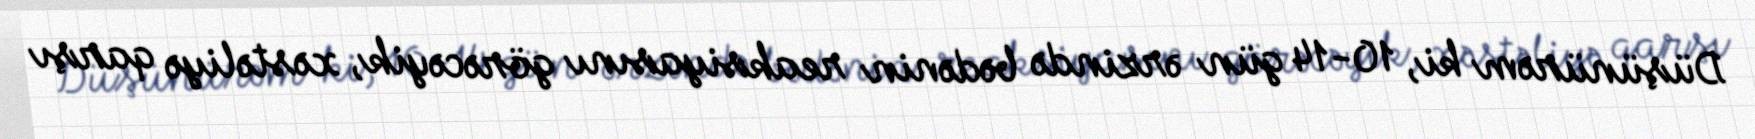
Düşünürəm ki, 10-14 gün ərzində bədənin reaksiyasını görəcəyik, xəstəliyə qarşı